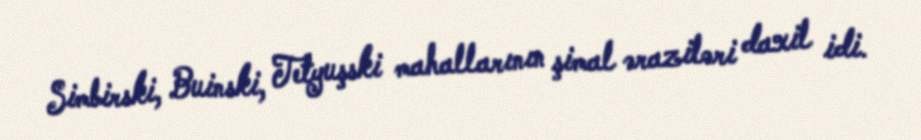
Simbirski, Buinski, Tetyuşski mahallarının şimal əraziləri daxil idi.